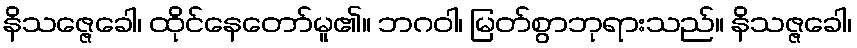
နိသဇ္ဇေခေါ၊ ထိုင်နေတော်မူ၏။ ဘဂဝါ၊ မြတ်စွာဘုရားသည်။ နိသဇ္ဇခေါ၊